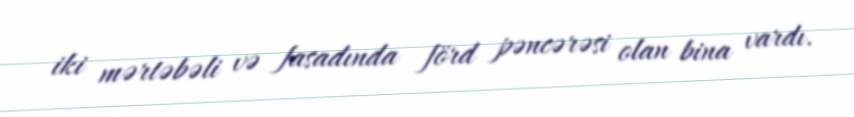
iki mərtəbəli və fasadında förd pəncərəsi olan bina vardı.